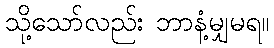
သို့သော်လည်း ဘာနံ့မျှမရ။